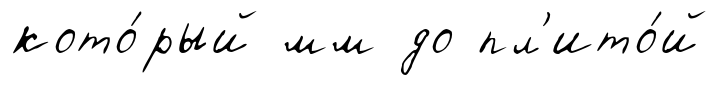
кото́рый мм до пл'ито́й